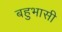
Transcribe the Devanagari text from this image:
बहुभासी